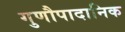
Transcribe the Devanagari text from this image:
गुणौपादानिक